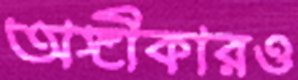
অঙ্গীকারও